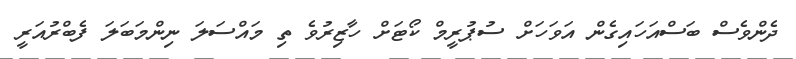
ދެންވެސް ބަސްއަހައިގެން އަވަހަށް ސުުޕުރީމް ކޯޓަށް ހާޒިރުވެ ތި މައްސަލަ ނިންމަބަލަ ފެބްރުއަރީ